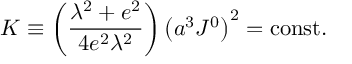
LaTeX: K \equiv \left( { \frac { \lambda ^ { 2 } + e ^ { 2 } } { 4 e ^ { 2 } \lambda ^ { 2 } } } \right) \left( a ^ { 3 } J ^ { 0 } \right) ^ { 2 } = \mathrm { c o n s t . }